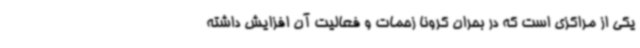
یکی از مراکزی است که در بحران کرونا زحمات و فعالیت آن افزایش داشته